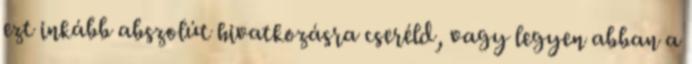
ezt inkább abszolút hivatkozásra cseréld, vagy legyen abban a